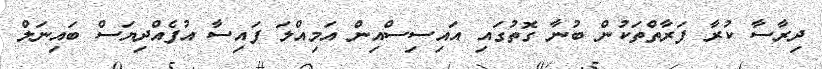
ދިރާސާ ކުރާ ފަރާތްތަކުން ބުނާ ގޮތުގައި އައިސިސްއިން އަމިއްލަ ފައިސާ އުފެއްދިޔަސް ބައިނަލް